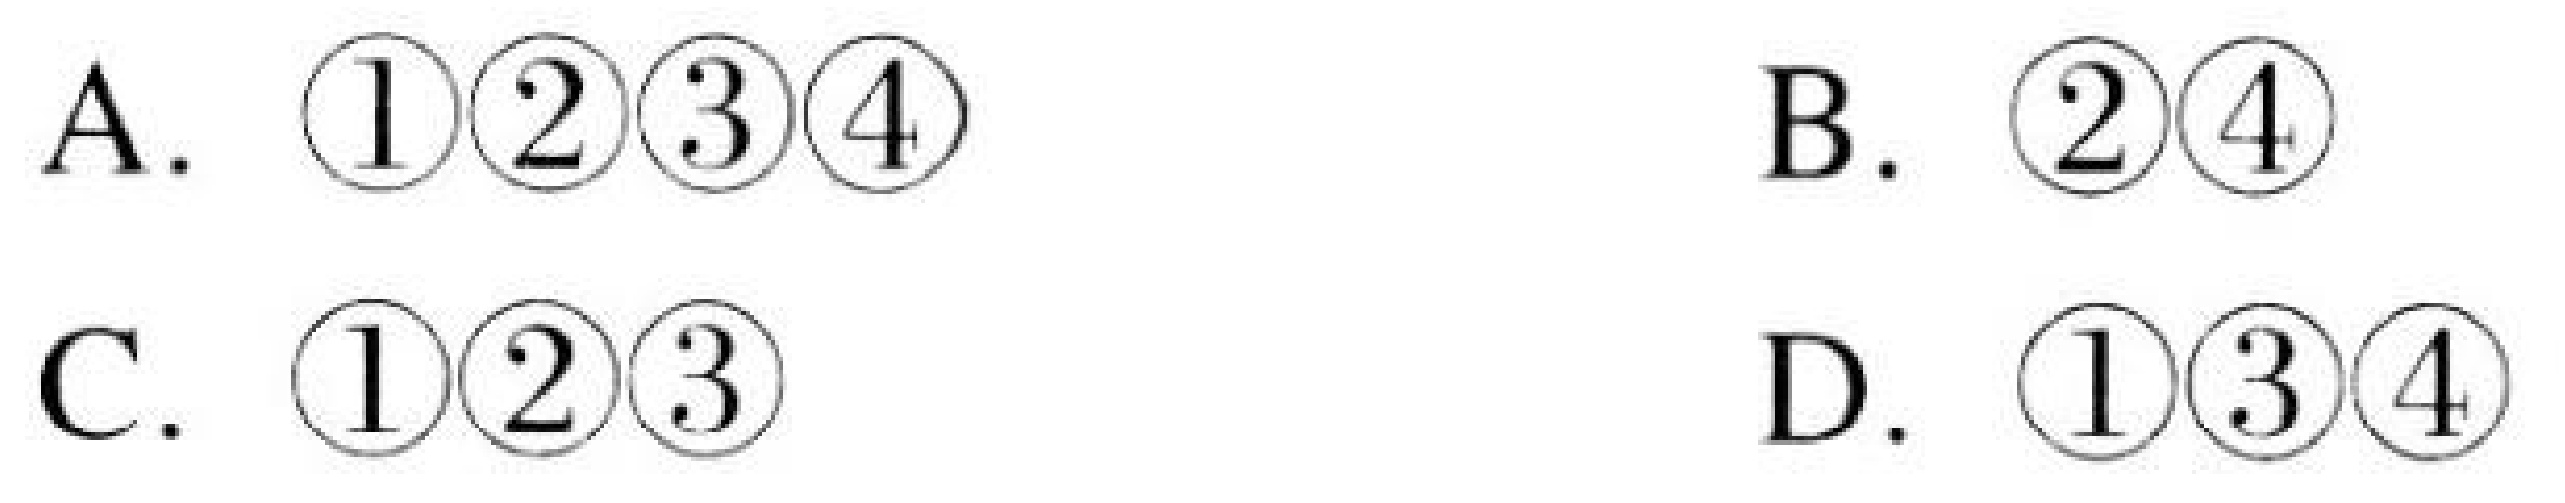
A. \(\textcircled{1}\textcircled{2}\textcircled{3}\textcircled{4}\)
B. \(\textcircled{2}\textcircled{4}\)
C. \(\textcircled{1}\textcircled{2}\textcircled{3}\)
D. \(\textcircled{1}\textcircled{3}\textcircled{4}\)